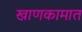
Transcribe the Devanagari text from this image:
खाणकामात